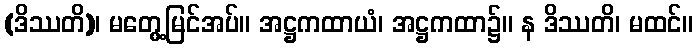
(ဒိဿတိ)၊ မတွေ့မြင်အပ်။ အဋ္ဌကထာယံ၊ အဋ္ဌကထာ၌။ န ဒိဿတိ၊ မထင်။